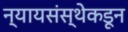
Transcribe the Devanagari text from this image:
न्यायसंस्थेकडून